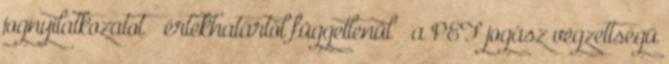
jognyilatkozatot – értékhatártól függetlenül – a PEF jogász végzettségű